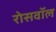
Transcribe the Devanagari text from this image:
रोसवॉल